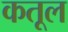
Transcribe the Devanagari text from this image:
कतूल